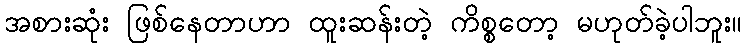
အစားဆုံး ဖြစ်နေတာဟာ ထူးဆန်းတဲ့ ကိစ္စတော့ မဟုတ်ခဲ့ပါဘူး။